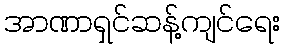
အာဏာရှင်ဆန့်ကျင်ရေး